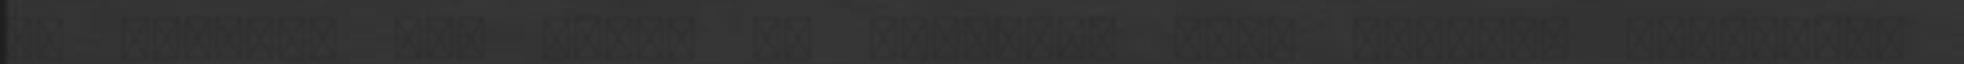
is hordoz, így máris az etnikai, vagy nemzeti kisebbség